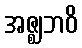
အဇ္ဈဘဝိ